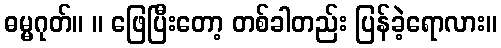
ဓမ္မဂုတ်။ ။ ဖြေပြီးတော့ တစ်ခါတည်း ပြန်ခဲ့ရောလား။